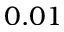
0 . 0 1